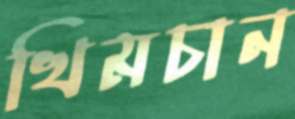
খিমচান